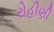
રોહીણી